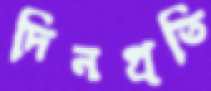
দিনপ্রতি